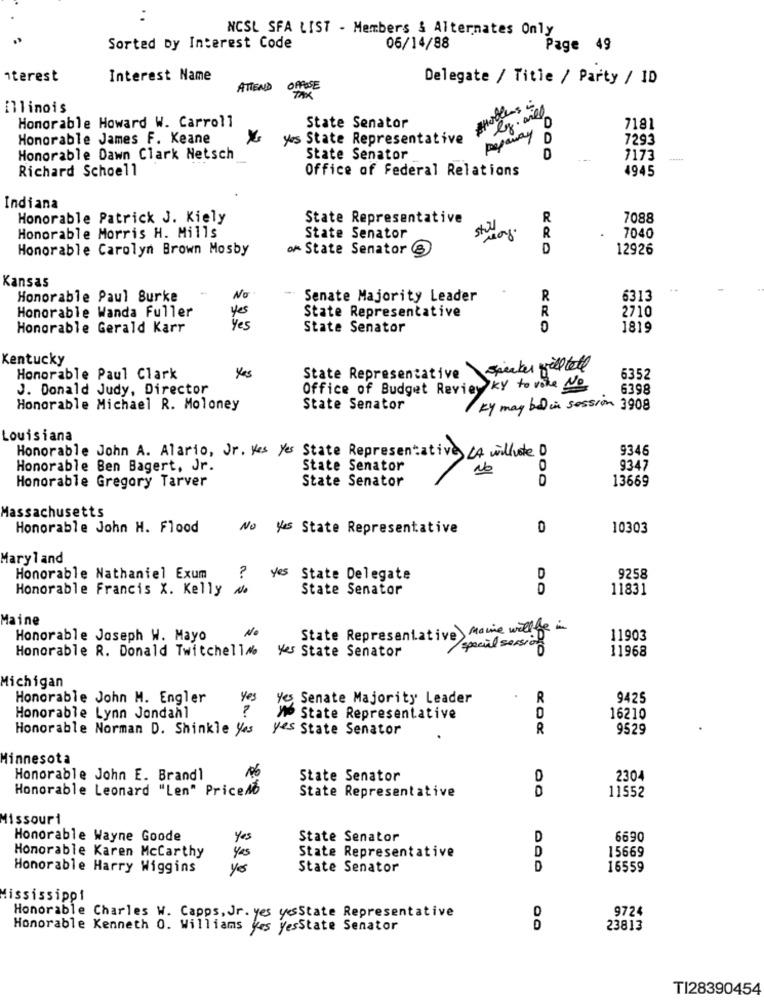
NCSL SFA LIST - Members & Alternates Only
Sorted by Interest Code
06/14/88
Page 49
iterest
Interest Name
Delegate / Title / Party / ID
ATTEND
OFFESE
Illinois
lg. will
Honorable Howard W. Carroll
State Senator
Repaway
D
7181
Honorable James F. Keane
yes State Representative
D
7293
Honorable Dawn Clark Netsch
State Senator
7173
Richard Schoell
Office of Federal Relations
4945
Indiana
Honorable Patrick J. Kiely
State Representative
R
7088
stu
R
Honorable Morris H. Mills
State Senator
7040
Honorable Carolyn Brown Mosby
or State Senator
D
12926
Kansas
Honorable Paul Burke
No
- Senate Majority Leader
R
6313
Honorable Wanda Fuller
R
2710
State Representative
Honorable Gerald Karr
yes
State Senator
0
1819
Kentucky
speaker will tell
Honorable Paul Clark
Yes
State Representative
6352
J. Donald Judy, Director
Office of Budget Review KY to vote No
6398
Honorable Michael R. Moloney
State Senator
ky may be in session 3908
Louisiana
9346
Honorable John A. Alario, Jr. Yes Yes State Representative LA willvote D
Honorable Ben Bagert, Jr.
State Senator
No
0
9347
State Senator
D
13669
Honorable Gregory Tarver
Massachusetts
Honorable John H. Flood
No Yes State Representative
0
10303
Maryland
yes
Honorable Nathaniel Exum
State Delegate
D
9258
Honorable Francis X. Kelly No
State Senator
11831
Maine
No
State Representative Maine willbe in
Honorable Joseph W. Mayo
special session
11903
Honorable R. Donald Twitchellno
Yes State Senator
11968
Michigan
Honorable John M. Engler
yes
Yes Senate Majority Leader
R
9425
Honorable Lynn Jondahl
M State Representative
16210
Honorable Norman D. Shinkle Yes
yes State Senator
R
9529
Minnesota
Honorable John E. Brandl
State Senator
2304
Honorable Leonard "Len" Pricedd
State Representative
11552
Missouri
Honorable Wayne Goode
Yes
State Senator
D
6690
Honorable Karen Mccarthy
State Representative
D
15669
yes
Honorable Harry Wiggins
yes
State Senator
D
16559
Mississippi
9724
Honorable Charles W. Capps, Jr. yes yesState Representative
Honorable Kenneth 0. Williams Yes YesState Senator
23813
TI28390454